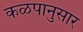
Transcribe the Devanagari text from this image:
कळपानुसार